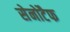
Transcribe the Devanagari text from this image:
सेनोटैफ